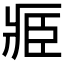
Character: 𮍎